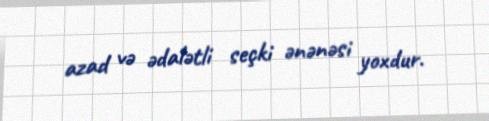
azad və ədalətli seçki ənənəsi yoxdur.